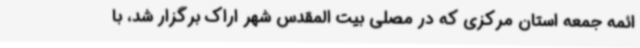
ائمه جمعه استان مرکزی که در مصلی بیت المقدس شهر اراک برگزار شد، با